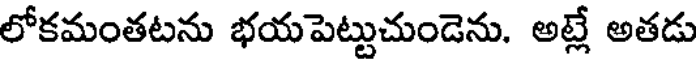
లోకమంతటను భయపెట్టుచుండెను. అట్లే అతడు